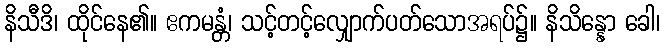
နိသီဒိ၊ ထိုင်နေ၏။ ဧကမန္တံ၊ သင့်တင့်လျှောက်ပတ်သောအရပ်၌။ နိသိန္နော ခေါ၊